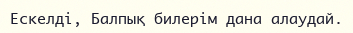
Ескелді, Балпық билерім дана алаудай.